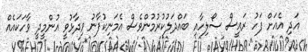
އަދި އެއަށް ފަހު ރައީސް ސޯލިހާއި ބައްދަލުކުރުމުންވެސް އެމަނިކުފާނު ވިދާޅުވީ އުންމީދީ ވާހަކައެއް